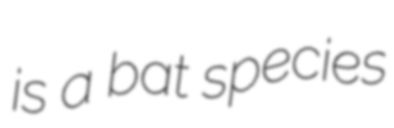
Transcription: is a bat species